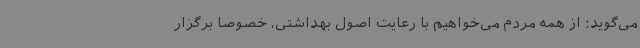
می‌گوید: از همه مردم می‌خواهیم با رعایت اصول بهداشتی، خصوصا برگزار